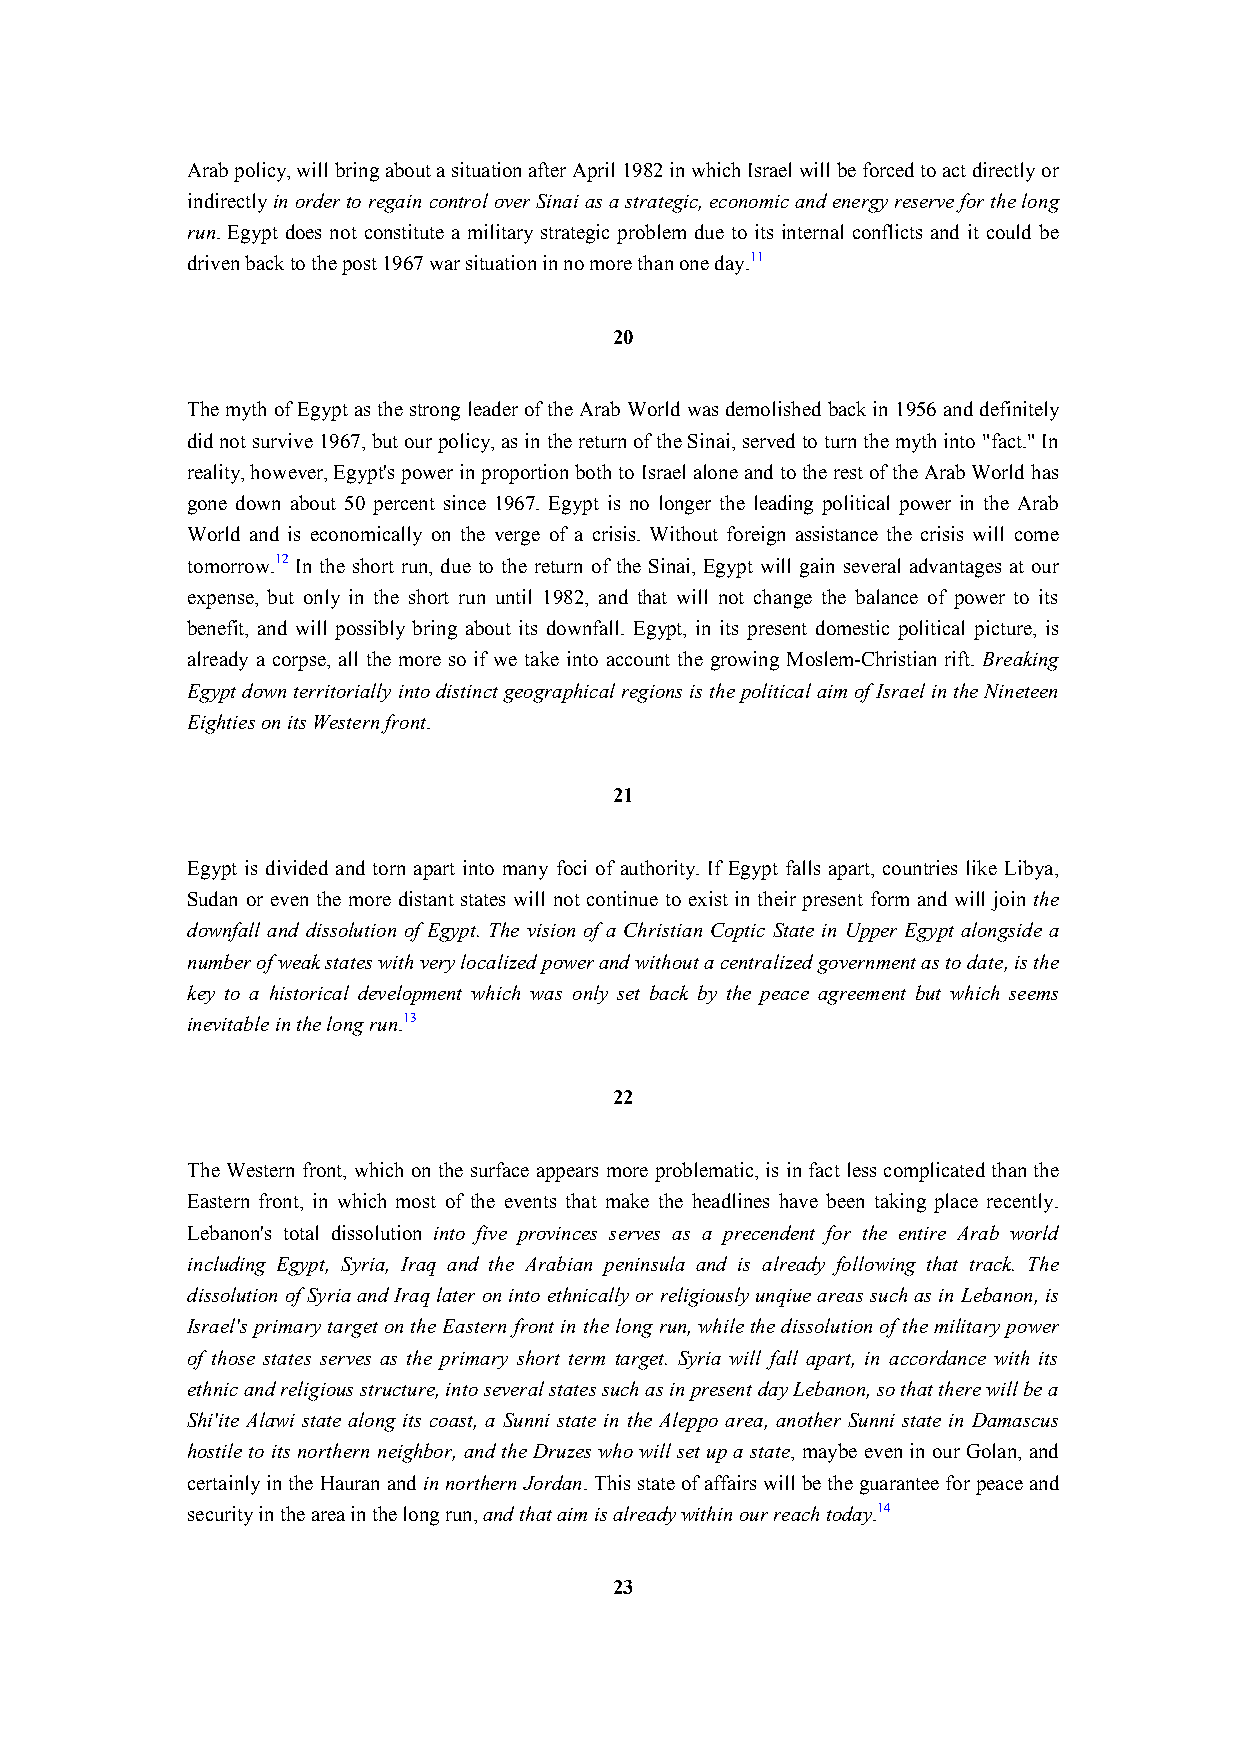
Arab policy, will bring about a situation after April 1982 in which Israel will be forced to act directly or
 indirectly in order to regain control over Sinai as a strategic, economic and energy reserve for the long
 run. Egypt does not constitute a military strategic problem due to its internal conflicts and it could be
 driven back to the post 1967 war situation in no more than one day.11
 20
 The myth of Egypt as the strong leader of the Arab World was demolished back in 1956 and definitely
 did not survive 1967, but our policy, as in the return of the Sinai, served to turn the myth into "fact." In
 reality, however, Egypt's power in proportion both to Israel alone and to the rest of the Arab World has
 gone down about 50 percent since 1967. Egypt is no longer the leading political power in the Arab
 World and is economically on the verge of a crisis. Without foreign assistance the crisis will come
 tomorrow.12 In the short run, due to the return of the Sinai, Egypt will gain several advantages at our
 expense, but only in the short run until 1982, and that will not change the balance of power to its
 benefit, and will possibly bring about its downfall. Egypt, in its present domestic political picture, is
 already a corpse, all the more so if we take into account the growing Moslem-Christian rift. Breaking
 Egypt down territorially into distinct geographical regions is the political aim of Israel in the Nineteen
 Eighties on its Western front.
 21
 Egypt is divided and torn apart into many foci of authority. If Egypt falls apart, countries like Libya,
 Sudan or even the more distant states will not continue to exist in their present form and will join the
 downfall and dissolution of Egypt. The vision of a Christian Coptic State in Upper Egypt alongside a
 number of weak states with very localized power and without a centralized government as to date, is the
 key to a historical development which was only set back by the peace agreement but which seems
 inevitable in the long run.13
 22
 The Western front, which on the surface appears more problematic, is in fact less complicated than the
 Eastern front, in which most of the events that make the headlines have been taking place recently.
 Lebanon's total dissolution into five provinces serves as a precendent for the entire Arab world
 including Egypt, Syria, Iraq and the Arabian peninsula and is already following that track. The
 dissolution of Syria and Iraq later on into ethnically or religiously unqiue areas such as in Lebanon, is
 Israel's primary target on the Eastern front in the long run, while the dissolution of the military power
 of those states serves as the primary short term target. Syria will fall apart, in accordance with its
 ethnic and religious structure, into several states such as in present day Lebanon, so that there will be a
 Shi'ite Alawi state along its coast, a Sunni state in the Aleppo area, another Sunni state in Damascus
 hostile to its northern neighbor, and the Druzes who will set up a state, maybe even in our Golan, and
 certainly in the Hauran and in northern Jordan. This state of affairs will be the guarantee for peace and
 security in the area in the long run, and that aim is already within our reach today.14
 23